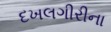
દખલગીરીના